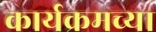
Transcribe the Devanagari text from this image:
कार्यक्रमच्या